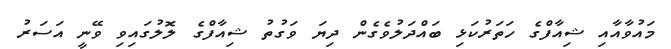
މައުވާއާއި ޝިއާފްގެ ހަތަރުކަޅި ބައްދަލުވެގެން ދިޔަ ވަގުތު ޝިއާފްގެ ލޮލުގައިވި ވޭނީ އަސަރު